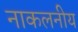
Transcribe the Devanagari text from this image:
नाकलनीय